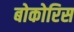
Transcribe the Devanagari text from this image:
बोकोरिस